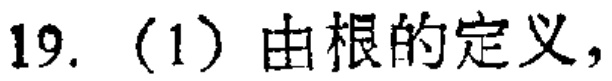
19. (1) 由根的定义，